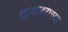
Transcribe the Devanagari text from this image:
टायलराच्या